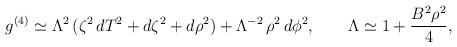
LaTeX: \begin{align*}g^{(4)}\simeq \Lambda^2\,( \zeta^2\,dT^2+d\zeta^2+d\rho^2)+\Lambda^{-2}\,\rho^2\,d\phi^2,\qquad \Lambda\simeq 1+\frac{B^2\rho^2}{4}, \end{align*}